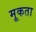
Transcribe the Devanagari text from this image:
मूकता